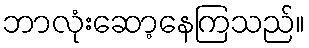
ဘာလုံးဆော့နေကြသည်။